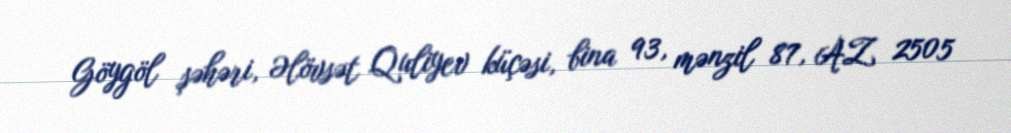
Göygöl şəhəri, Əlövsət Quliyev küçəsi, bina 93, mənzil 87, AZ 2505